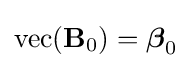
\operatorname {vec} (\mathbf {B} _{0})={\boldsymbol {\beta }}_{0}